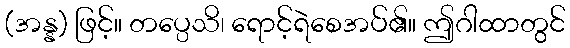
(အန္န) ဖြင့်။ တပ္ပေသိ၊ ရောင့်ရဲစေအပ်၏။ ဤဂါထာတွင်